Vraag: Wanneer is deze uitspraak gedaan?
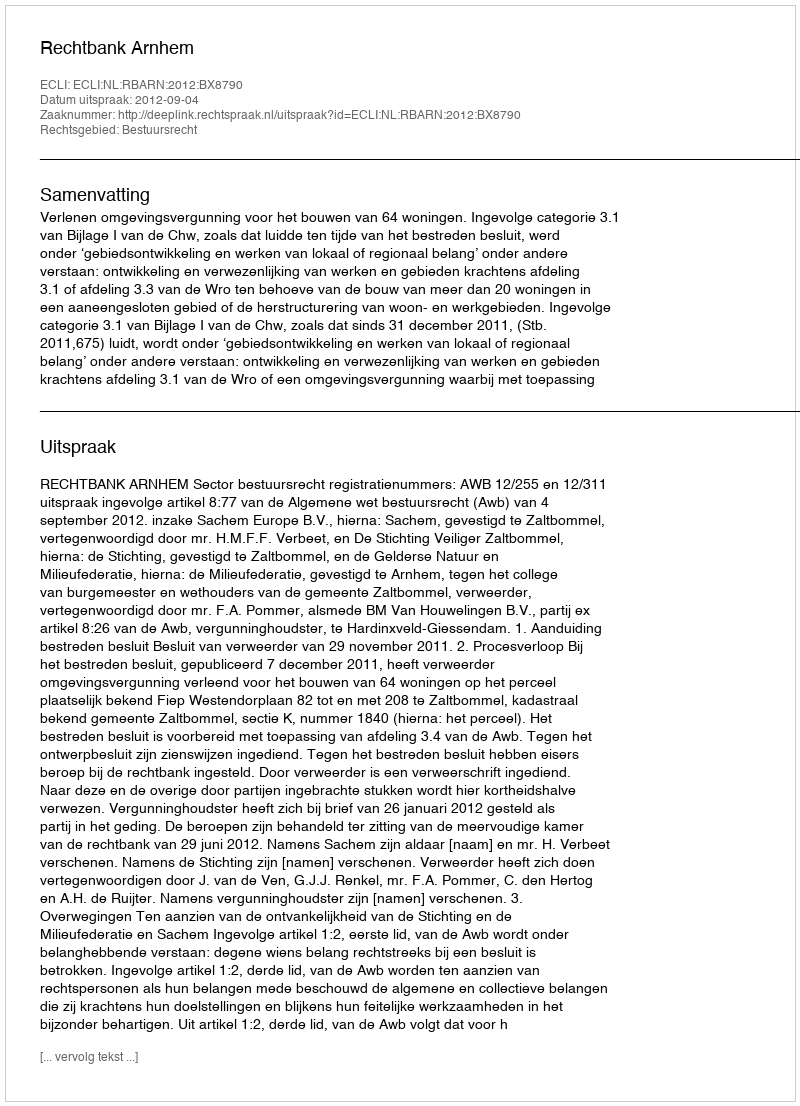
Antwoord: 2012-09-04